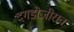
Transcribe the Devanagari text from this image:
दगडोजीराव